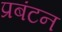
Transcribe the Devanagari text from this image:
प्रबंटन